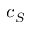
c _ { S }